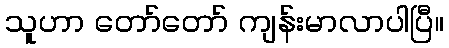
သူဟာ တော်တော် ကျန်းမာလာပါပြီ။